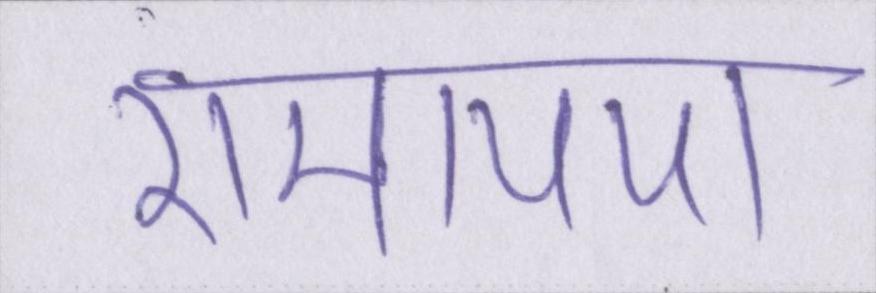
रामायण